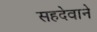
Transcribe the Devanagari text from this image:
सहदेवाने